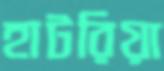
হাটরিয়া